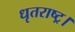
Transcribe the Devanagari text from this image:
धृतराष्ट्र।